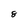
Character: 8